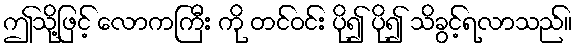
ဤသို့ဖြင့် လောကကြီး ကို တင်ဝင်း ပို၍ ပို၍ သိခွင့်ရလာသည်။